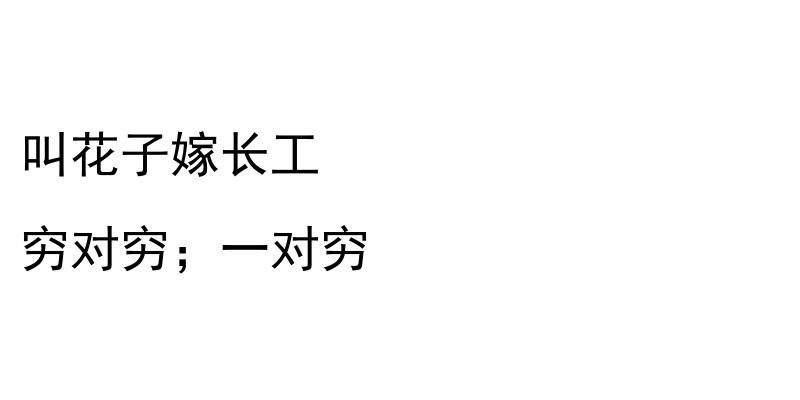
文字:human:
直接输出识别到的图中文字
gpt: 叫花子嫁长工 穷对穷；一对穷